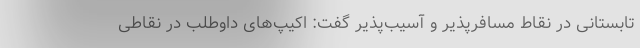
تابستانی در نقاط مسافرپذیر و آسیب‌پذیر گفت: اکیپ‌های داوطلب در نقاطی